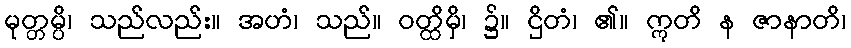
မုတ္တမ္ပိ၊ သည်လည်း။ အဟံ၊ သည်။ ဝတ္ထိမှိ၊ ၌။ ဌိတံ၊ ၏။ ဣတိ န ဇာနာတိ၊